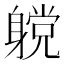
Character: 𲄪